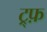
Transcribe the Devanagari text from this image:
ट्र्फ़